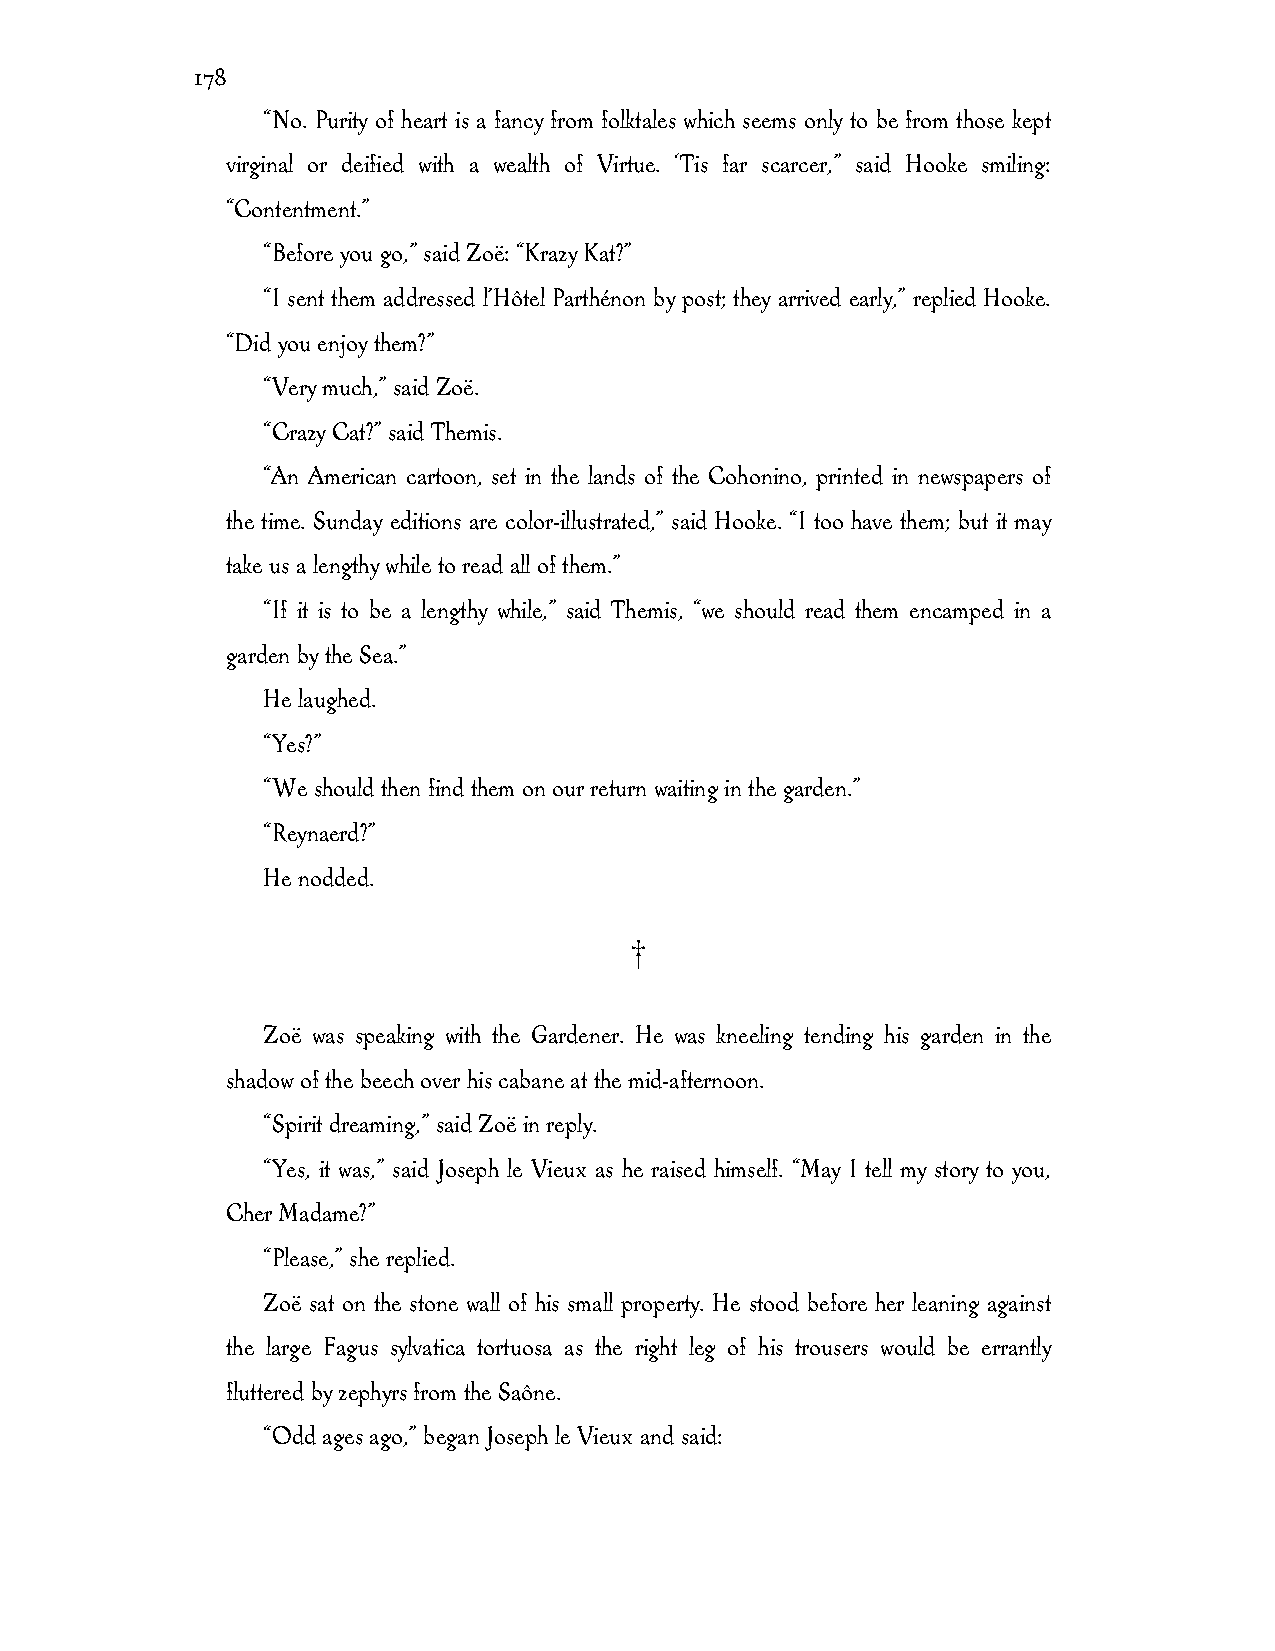
178
 “No. Purity of heart is a fancy from folktales which seems only to be from those kept
 virginal or deified with a wealth of Virtue. ‘Tis far scarcer,” said Hooke smiling:
 “Contentment.”
 “Before you go,” said Zoë: “Krazy Kat?”
 “I sent them addressed l’Hôtel Parthénon by post; they arrived early,” replied Hooke.
 “Did you enjoy them?”
 “Very much,” said Zoë.
 “Crazy Cat?” said Themis.
 “An American cartoon, set in the lands of the Cohonino, printed in newspapers of
 the time. Sunday editions are color-illustrated,” said Hooke. “I too have them; but it may
 take us a lengthy while to read all of them.”
 “If it is to be a lengthy while,” said Themis, “we should read them encamped in a
 garden by the Sea.”
 He laughed.
 “Yes?”
 “We should then find them on our return waiting in the garden.”
 “Reynaerd?”
 He nodded.
 †
 Zoë was speaking with the Gardener. He was kneeling tending his garden in the
 shadow of the beech over his cabane at the mid-afternoon.
 “Spirit dreaming,” said Zoë in reply.
 “Yes, it was,” said Joseph le Vieux as he raised himself. “May I tell my story to you,
 Cher Madame?”
 “Please,” she replied.
 Zoë sat on the stone wall of his small property. He stood before her leaning against
 the large Fagus sylvatica tortuosa as the right leg of his trousers would be errantly
 fluttered by zephyrs from the Saône.
 “Odd ages ago,” began Joseph le Vieux and said: